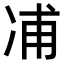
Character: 𠗒